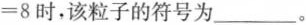
=8时，该粒子的符号为___。